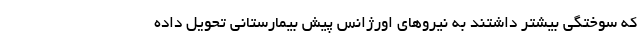
که سوختگی بیشتر داشتند به نیروهای اورژانس پیش بیمارستانی تحویل داده